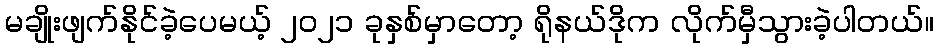
မချိုးဖျက်နိုင်ခဲ့ပေမယ့် ၂၀၂၁ ခုနှစ်မှာတော့ ရိုနယ်ဒိုက လိုက်မှီသွားခဲ့ပါတယ်။